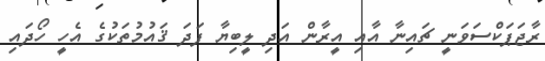
ރާޖަޕަކްސަވަނީ ޗައިނާ އާއި އީރާން އަދި ލީބިޔާ ފަދަ ޤައުމުތަކުގެ އެހީ ހޯދައި